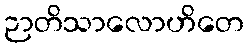
ဉာတိသာလောဟိတေ